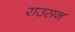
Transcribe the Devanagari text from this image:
राउसन